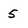
Character: 5